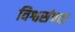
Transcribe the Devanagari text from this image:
विश्वसंपदा